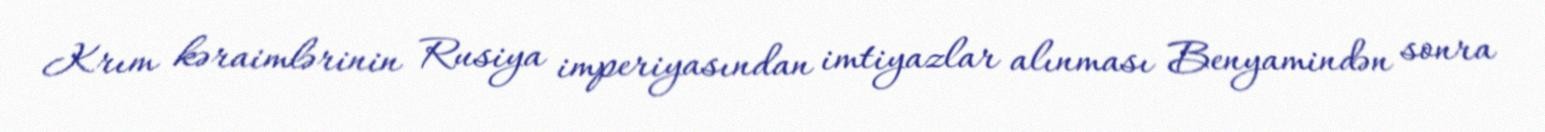
Krım kəraimlərinin Rusiya imperiyasından imtiyazlar alınması Benyamindən sonra